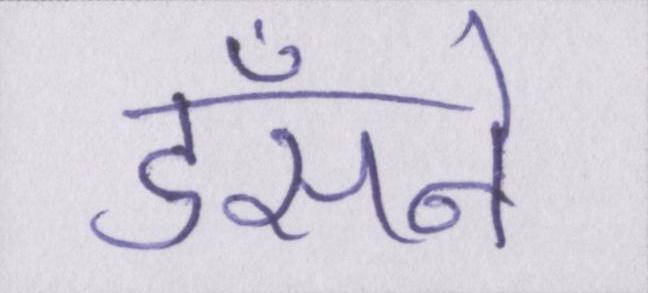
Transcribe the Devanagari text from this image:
डँसने